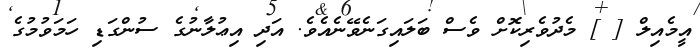
އީމެއިލް [ ] މެދުވެރިކޮށް ވެސް ބަލައިގަނެވޭނެއެވެ. އަދި އިޢުލާނުގެ ސުންގަޑި ހަމަވުމުގެ